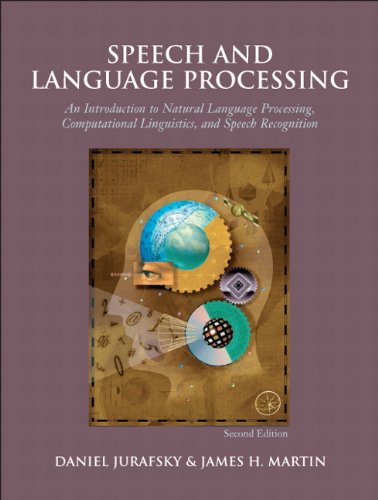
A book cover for Speech and Language Processing, 2nd Edition; Daniel Jurafsky; Computers & Technology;